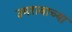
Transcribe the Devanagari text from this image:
उमरावाच्या